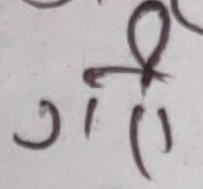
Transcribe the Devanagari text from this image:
गी फ ।।